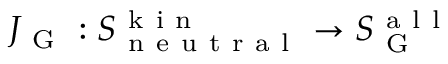
J _ { \mathrm { ~ G ~ } } : S _ { \mathrm { ~ n ~ e ~ u ~ t ~ r ~ a ~ l ~ } } ^ { \mathrm { ~ k ~ i ~ n ~ } } \to S _ { \mathrm { ~ G ~ } } ^ { \mathrm { ~ a ~ l ~ l ~ } }